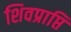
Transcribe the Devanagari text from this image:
शिवप्राप्ति